Malaria in the Duars
Disease focus: Malaria
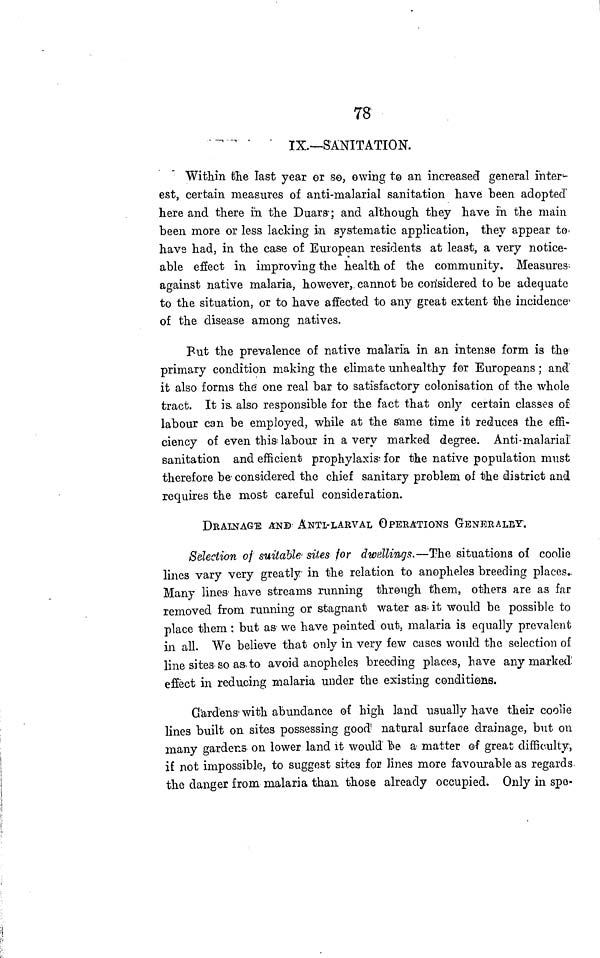
78
IX.—SANITATION.
Within the last year or so, owing to an increased general inter-
est, certain measures of anti-malarial sanitation have been adopted'
here and there in the Duars ; and although they have in the main
been more or less lacking in systematic application, they appear to
have had, in the case of European residents at least, a very notice-
able effect in improving the health of the community. Measures,
against native malaria, however, cannot be considered to be adequate
to the situation, or to have affected to any great extent the incidence-
of the disease among natives.
Put the prevalence of native malaria in an intense form is the
primary condition making the elimate unhealthy for Europeans ; and
it also forms the one real bar to satisfactory colonisation of the whole
tract. It is, also responsible for the fact that only certain classes of
labour can be employed, while at the same time it reduces the effi-
ciency of even this labour in a very marked degree. Anti-malarial
sanitation and efficient prophylaxis' for the native population must
therefore be considered the chief sanitary problem of the district and
requires the most careful consideration.
DRAINAGE AND ANTI-LARVAL OPERATIONS GENERALLY.
Selection of suitable sites for dwellings.—The situations of coolie
lines vary very greatly in the relation to anopheles breeding places.
Many lines. have streams running through them, others are as far
removed from running or stagnant water as. it would be possible to
place them : but as we have pointed out, malaria is equally prevalent
in all. We believe that only in very few cases would the selection of
line sites so as,to avoid anopheles breeding places, have any marked
effect in reducing malaria under the existing conditions.
Gardens- with abundance of high land usually have their coolie
lines built on sites possessing good 1 natural surface drainage, but on
many gardens on lower land it would be a matter of great difficulty,
if not impossible, to suggest sites for lines more favourable as regards
the danger from malaria than those already occupied. Only in spe-